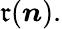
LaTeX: \mathfrak{r}(\boldsymbol{n}).